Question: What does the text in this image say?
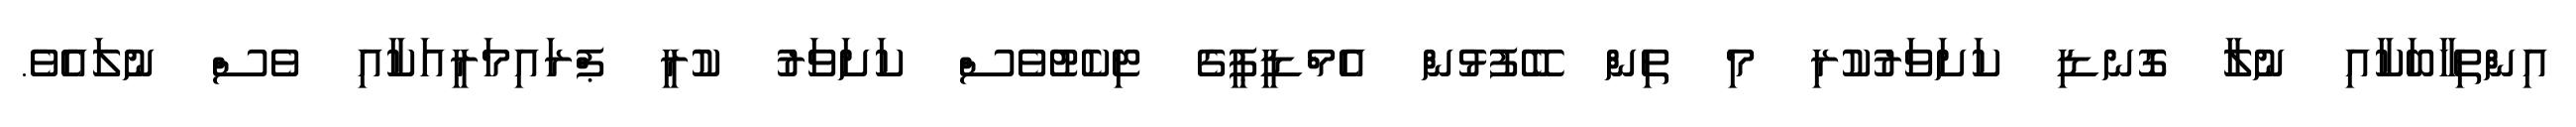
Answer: އިންތިހާބަކާއި ނުލާ ގޮނޑި ކަށަވަރުކުރި މި ތިން ބޭފުޅުން އެމްޑީޕީގެ ޓިކެޓުވެސް ކަށަވަރު ކުރީ ޕްރައިމަރީއަކާއި ވެސް ނުލައެވެ.